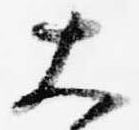
大